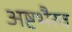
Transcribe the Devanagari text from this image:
अष्टभैरव